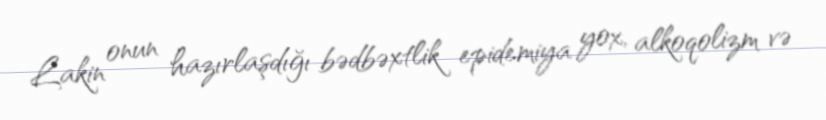
Lakin onun hazırlaşdığı bədbəxtlik epidemiya yox, alkoqolizm və